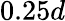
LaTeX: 0.25d